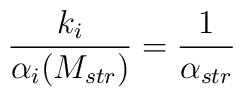
\frac{k_i}{\alpha_i(M_{str})}={1\over \alpha_{str}}